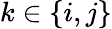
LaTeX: k\in\{ i,j\}